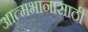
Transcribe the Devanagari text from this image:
आत्मभानासाठी